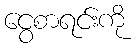
ငွေစာရင်းကို